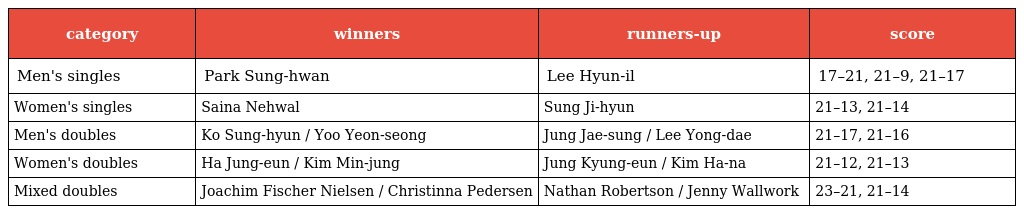
| category | winners | runners-up | score |
 | --- | --- | --- | --- |
 | Men's singles | Park Sung-hwan | Lee Hyun-il | 17–21, 21–9, 21–17 |
 | Women's singles | Saina Nehwal | Sung Ji-hyun | 21–13, 21–14 |
 | Men's doubles | Ko Sung-hyun / Yoo Yeon-seong | Jung Jae-sung / Lee Yong-dae | 21–17, 21–16 |
 | Women's doubles | Ha Jung-eun / Kim Min-jung | Jung Kyung-eun / Kim Ha-na | 21–12, 21–13 |
 | Mixed doubles | Joachim Fischer Nielsen / Christinna Pedersen | Nathan Robertson / Jenny Wallwork | 23–21, 21–14 |